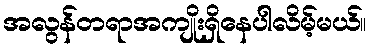
အလွန်တရာအကျိုးရှိနေပါလိမ့်မယ်။